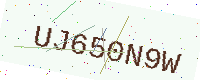
Text: UJ650N9W